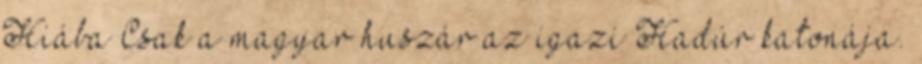
Hiába Csak a magyar huszár az igazi Hadúr katonája.